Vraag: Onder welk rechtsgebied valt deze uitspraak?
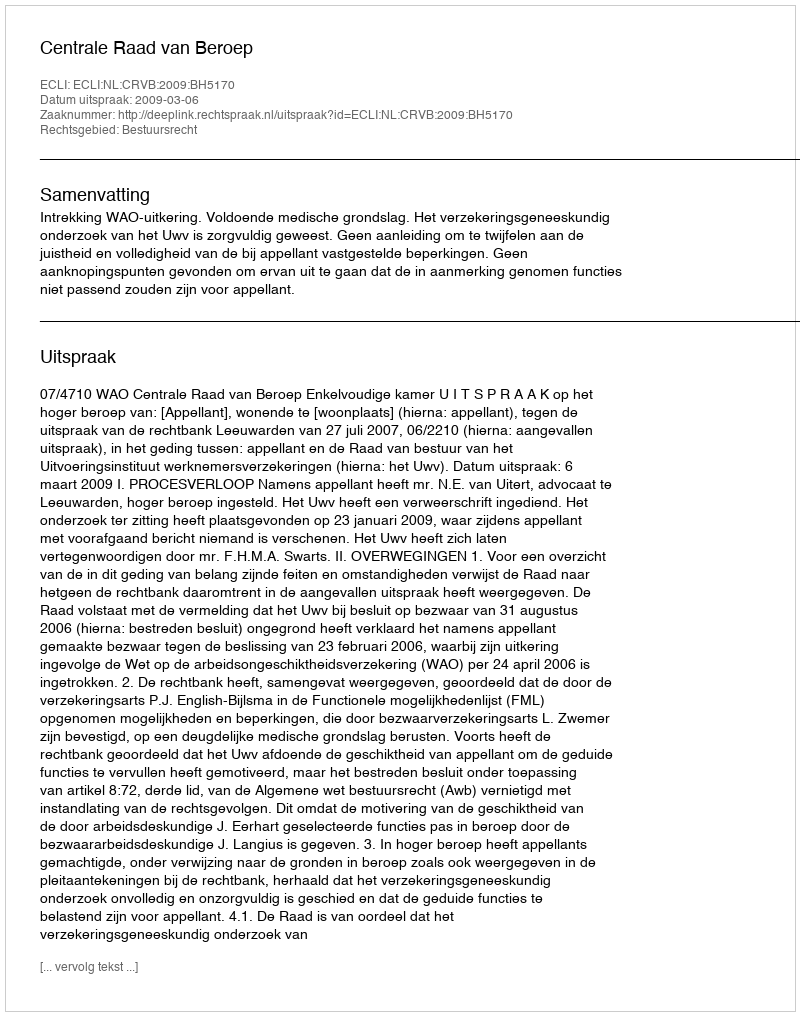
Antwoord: Bestuursrecht